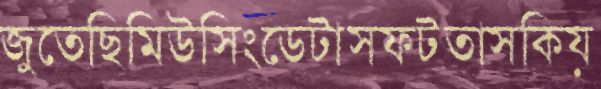
জুতেছিমিউসিংডেটাসফটতাসকিয়